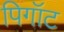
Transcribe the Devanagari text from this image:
पिगॉट